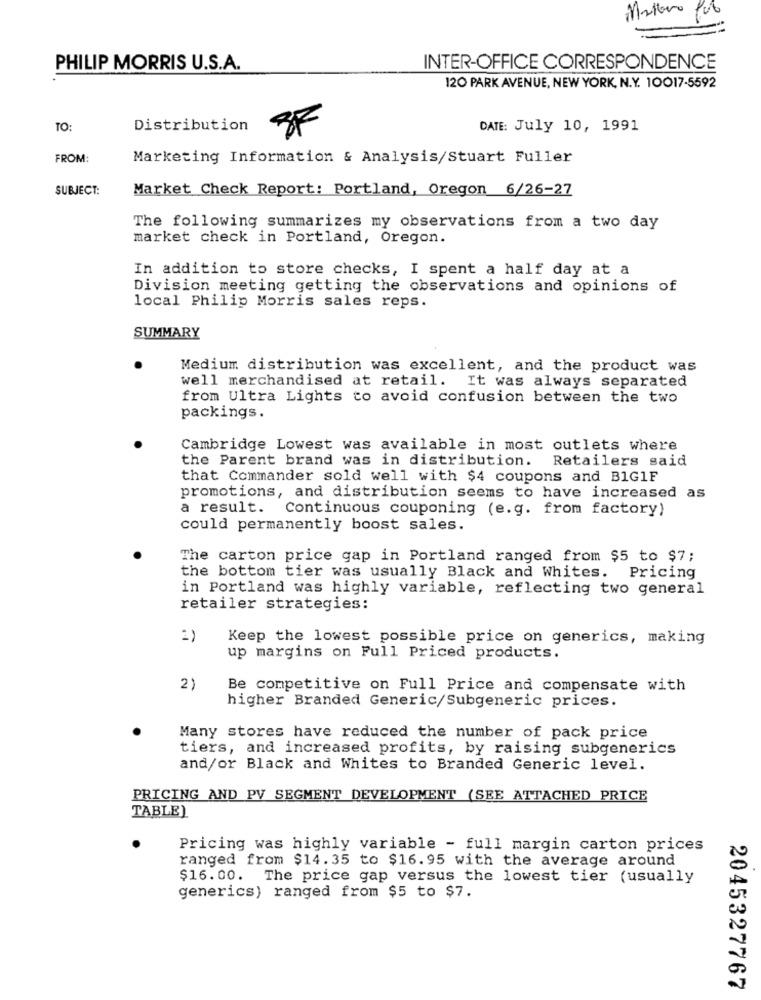
Mettono Pub
PHILIP MORRIS U.S.A.
INTER-OFFICE CORRESPONDENCE
120 PARK AVENUE, NEW YORK, N.Y. 10017-5592
TO:
Distribution
SF
DATE: July 10, 1991
FROM:
Marketing Information & Analysis/Stuart Fuller
SUBJECT:
Market Check Report: Portland, Oregon 6/26-27
The following summarizes my observations from a two day
market check in Portland, Oregon.
In addition to store checks, I spent a half day at a
Division meeting getting the observations and opinions of
local Philip Morris sales reps.
SUMMARY
Medium distribution was excellent, and the product was
well merchandised at retail. It was always separated
from Ultra Lights to avoid confusion between the two
packings.
Cambridge Lowest was available in most outlets where
the Parent brand was in distribution. Retailers said
that Commander sold well with $4 coupons and B1G1F
promotions, and distribution seems to have increased as
a result. Continuous couponing (e.g. from factory)
could permanently boost sales.
The carton price gap in Portland ranged from $5 to $7;
the bottom tier was usually Black and Whites. Pricing
in Portland was highly variable, reflecting two general
retailer strategies:
=)
Keep the lowest possible price on generics, making
up margins on Full Priced products.
2)
Be competitive on Full Price and compensate with
higher Branded Generic/Subgeneric prices.
Many stores have reduced the number of pack price
tiers, and increased profits, by raising subgenerics
and/or Black and Whites to Branded Generic level.
PRICING AND PV SEGMENT DEVELOPMENT (SEE ATTACHED PRICE
TABLE)
Pricing was highly variable - full margin carton prices
ranged from $14.35 to $16.95 with the average around
$16.00. The price gap versus the lowest tier (usually
generics) ranged from $5 to $7.
2045327767